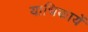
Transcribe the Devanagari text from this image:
याचिकायें